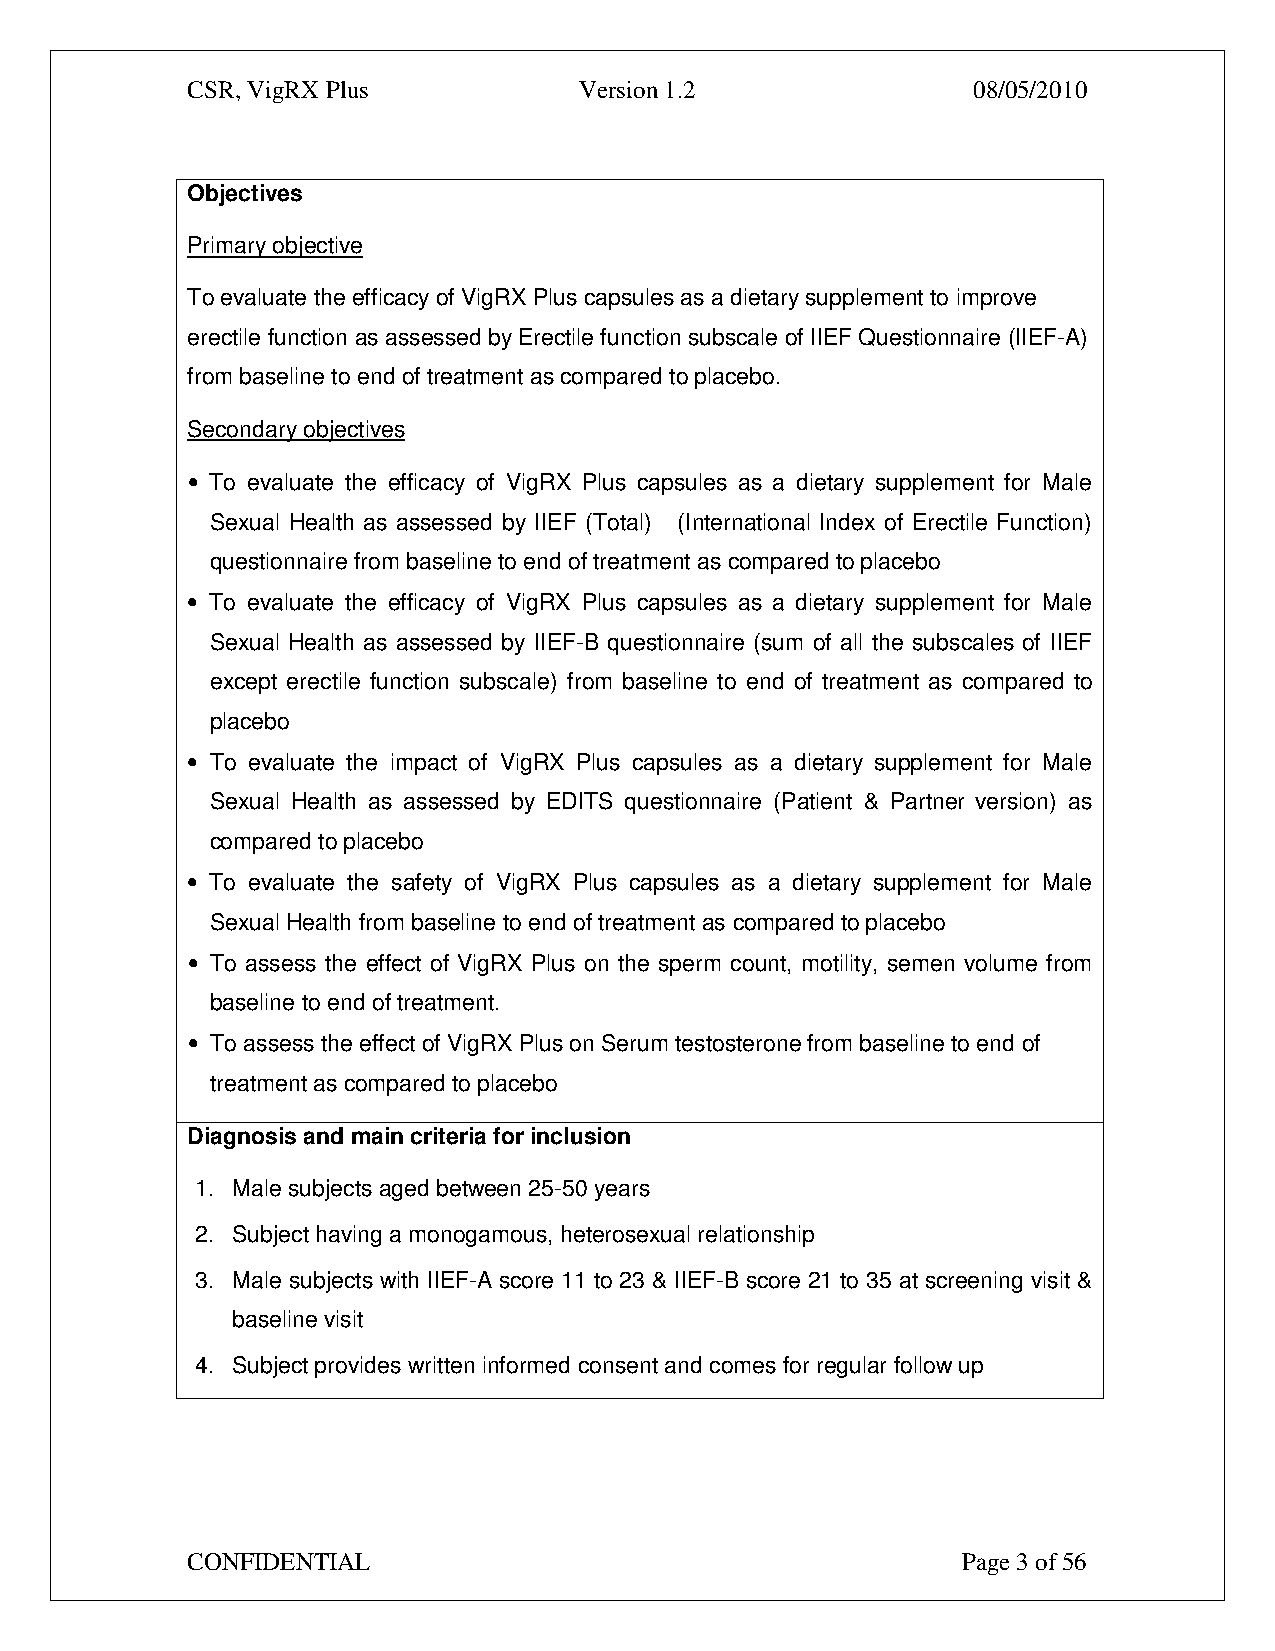
CSR, VigRX Plus           Version 1.2               08/05/2010
 Objectives
 Primary objective
 To evaluate the efficacy of VigRX Plus capsules as a dietary supplement to improve
 erectile function as assessed by Erectile function subscale of IIEF Questionnaire (IIEF-A)
 from baseline to end of treatment as compared to placebo.
 Secondary objectives
 • To evaluate the efficacy of VigRX Plus capsules as a dietary supplement for Male
 Sexual Health as assessed by IIEF (Total) (International Index of Erectile Function)
 questionnaire from baseline to end of treatment as compared to placebo
 • To evaluate the efficacy of VigRX Plus capsules as a dietary supplement for Male
 Sexual Health as assessed by IIEF-B questionnaire (sum of all the subscales of IIEF
 except erectile function subscale) from baseline to end of treatment as compared to
 placebo
 • To evaluate the impact of VigRX Plus capsules as a dietary supplement for Male
 Sexual Health as assessed by EDITS questionnaire (Patient & Partner version) as
 compared to placebo
 • To evaluate the safety of VigRX Plus capsules as a dietary supplement for Male
 Sexual Health from baseline to end of treatment as compared to placebo
 • To assess the effect of VigRX Plus on the sperm count, motility, semen volume from
 baseline to end of treatment.
 • To assess the effect of VigRX Plus on Serum testosterone from baseline to end of
 treatment as compared to placebo
 Diagnosis and main criteria for inclusion
 1. Male subjects aged between 25-50 years
 2. Subject having a monogamous, heterosexual relationship
 3. Male subjects with IIEF-A score 11 to 23 & IIEF-B score 21 to 35 at screening visit &
 baseline visit
 4. Subject provides written informed consent and comes for regular follow up
 CONFIDENTIAL                                        Page 3 of 56